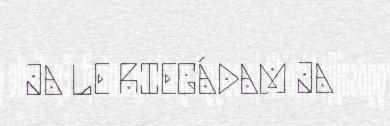
JA LE RIEGÁDAM JA